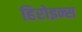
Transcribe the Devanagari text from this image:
हिरोइन्स